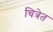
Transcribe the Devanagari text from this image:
चित्रेत